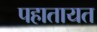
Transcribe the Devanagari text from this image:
पहातायत